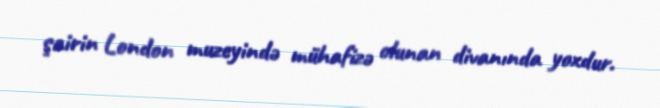
şairin London muzeyində mühafizə olunan divanında yoxdur.